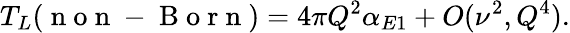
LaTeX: T_{L}(\mathrm{~n~o~n~-~B~o~r~n~})=4\pi Q^{2}\alpha_{E1}+O(\nu^{2},Q^{4}).